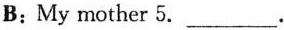
B: My mother 5. ___.